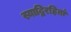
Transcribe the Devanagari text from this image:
स्याद्विरहितां